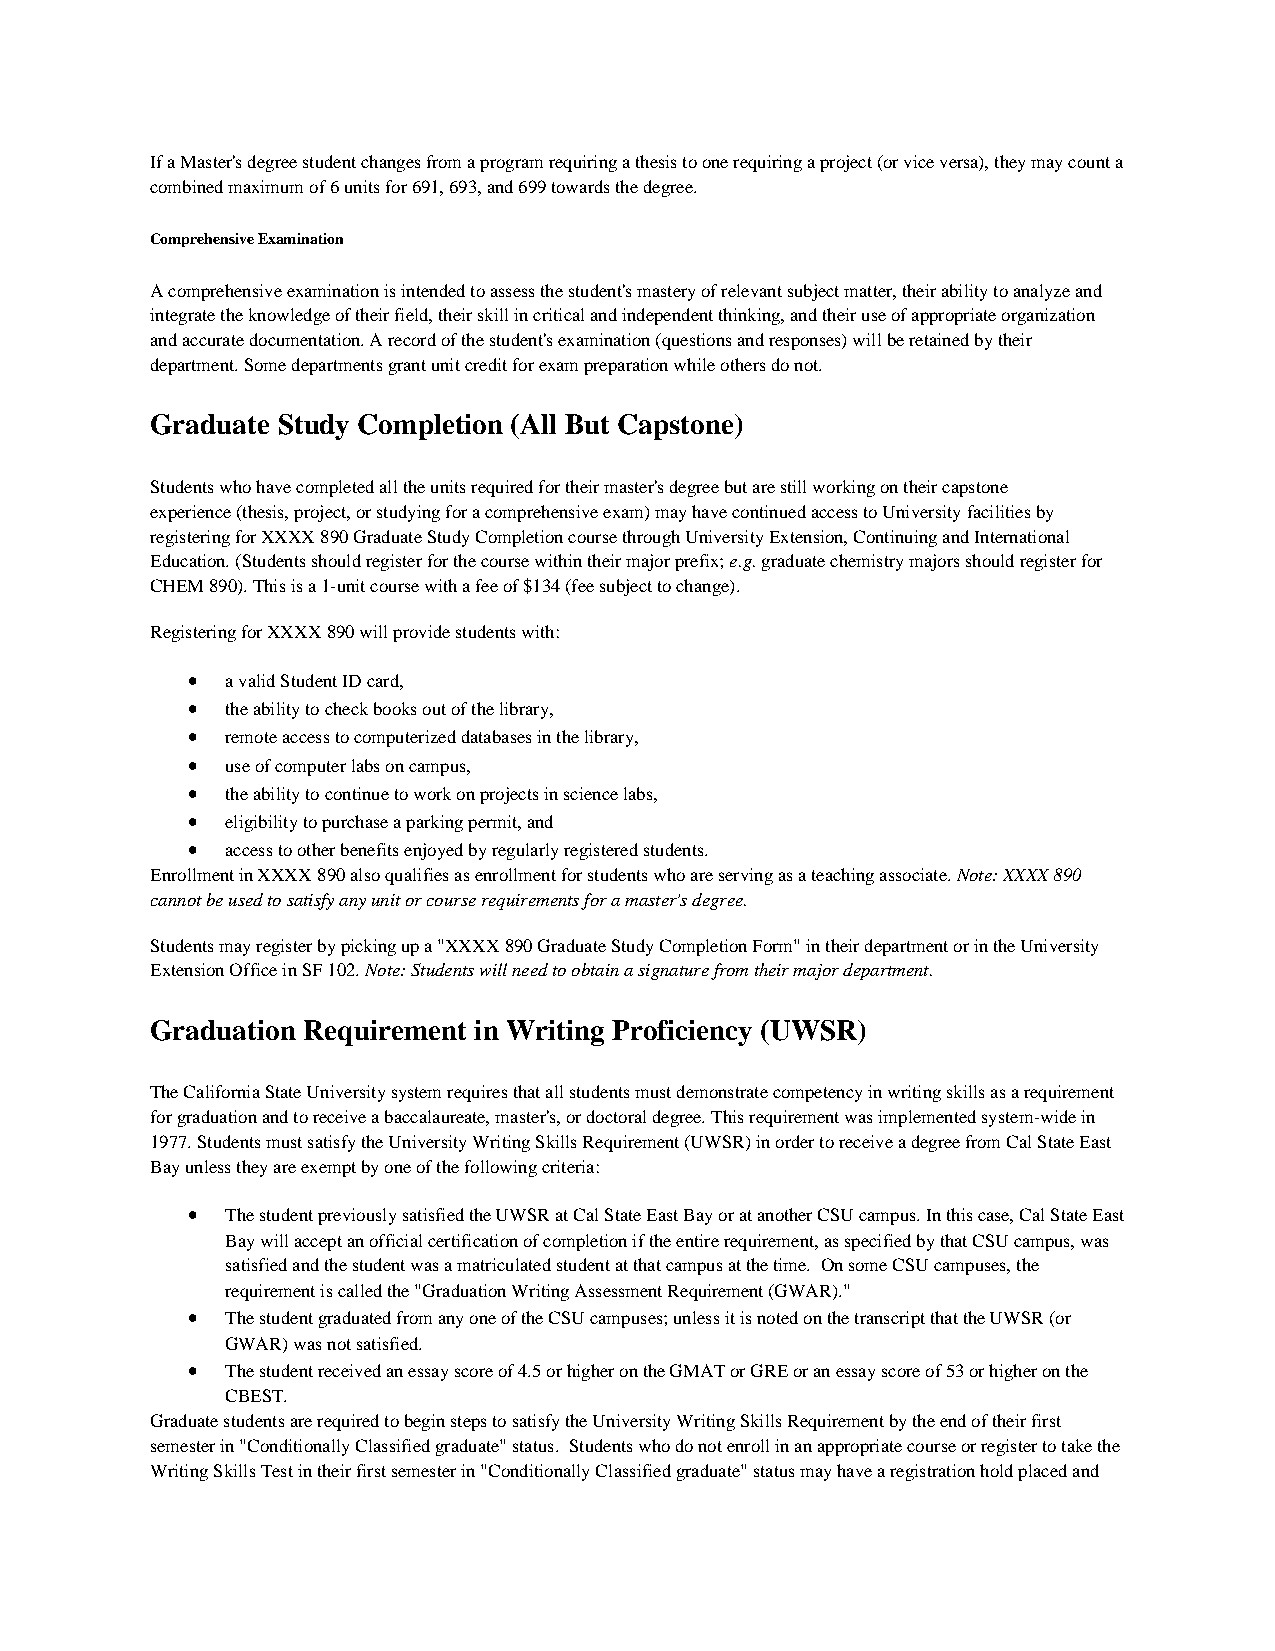
If a Master's degree student changes from a program requiring a thesis to one requiring a project (or vice versa), they may count a
 combined maximum of 6 units for 691, 693, and 699 towards the degree.
 Comprehensive Examination
 A comprehensive examination is intended to assess the student's mastery of relevant subject matter, their ability to analyze and
 integrate the knowledge of their field, their skill in critical and independent thinking, and their use of appropriate organization
 and accurate documentation. A record of the student's examination (questions and responses) will be retained by their
 department. Some departments grant unit credit for exam preparation while others do not.
 Graduate Study Completion (All But Capstone)
 Students who have completed all the units required for their master's degree but are still working on their capstone
 experience (thesis, project, or studying for a comprehensive exam) may have continued access to University facilities by
 registering for XXXX 890 Graduate Study Completion course through University Extension, Continuing and International
 Education. (Students should register for the course within their major prefix; e.g. graduate chemistry majors should register for
 CHEM 890). This is a 1-unit course with a fee of $134 (fee subject to change).
 Registering for XXXX 890 will provide students with:
 •  a valid Student ID card,
 •  the ability to check books out of the library,
 •  remote access to computerized databases in the library,
 •  use of computer labs on campus,
 •  the ability to continue to work on projects in science labs,
 •  eligibility to purchase a parking permit, and
 •  access to other benefits enjoyed by regularly registered students.
 Enrollment in XXXX 890 also qualifies as enrollment for students who are serving as a teaching associate. Note: XXXX 890
 cannot be used to satisfy any unit or course requirements for a master's degree.
 Students may register by picking up a "XXXX 890 Graduate Study Completion Form" in their department or in the University
 Extension Office in SF 102. Note: Students will need to obtain a signature from their major department.
 Graduation Requirement in Writing Proficiency (UWSR)
 The California State University system requires that all students must demonstrate competency in writing skills as a requirement
 for graduation and to receive a baccalaureate, master's, or doctoral degree. This requirement was implemented system-wide in
 1977. Students must satisfy the University Writing Skills Requirement (UWSR) in order to receive a degree from Cal State East
 Bay unless they are exempt by one of the following criteria:
 •  The student previously satisfied the UWSR at Cal State East Bay or at another CSU campus. In this case, Cal State East
 Bay will accept an official certification of completion if the entire requirement, as specified by that CSU campus, was
 satisfied and the student was a matriculated student at that campus at the time. On some CSU campuses, the
 requirement is called the "Graduation Writing Assessment Requirement (GWAR)."
 •  The student graduated from any one of the CSU campuses; unless it is noted on the transcript that the UWSR (or
 GWAR) was not satisfied.
 •  The student received an essay score of 4.5 or higher on the GMAT or GRE or an essay score of 53 or higher on the
 CBEST.
 Graduate students are required to begin steps to satisfy the University Writing Skills Requirement by the end of their first
 semester in "Conditionally Classified graduate" status. Students who do not enroll in an appropriate course or register to take the
 Writing Skills Test in their first semester in "Conditionally Classified graduate" status may have a registration hold placed and